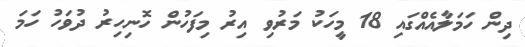
ދިން ހަމަލާއެއްގައި 18 މީހަކު މަރުވި އިރު މިފަހުން ހޮނިހިރު ދުވަހު ހަމަ